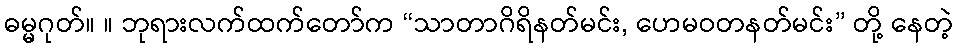
ဓမ္မဂုတ်။ ။ ဘုရားလက်ထက်တော်က “သာတာဂိရိနတ်မင်း, ဟေမဝတနတ်မင်း” တို့ နေတဲ့